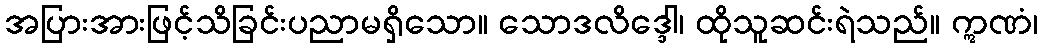
အပြားအားဖြင့်သိခြင်းပညာမရှိသော။ သောဒလိဒ္ဒေါ၊ ထိုသူဆင်းရဲသည်။ ဣဏံ၊